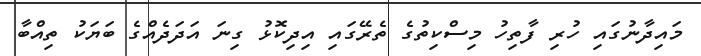
މައިދާނުގައި ހުރި ފާތިހު މިސްކިތުގެ ތެރޭގައި އިދިކޮޅު ގިނަ އަދަދެއްގެ ބަޔަކު ތިއްބާ